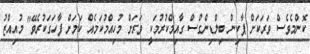
ކޮންމެވެސް ވަރަކަށް ޕާކިން ބިލްޑިންގްސް ގާއިމްކުރުމަކީ ވަރަށް މުހިއްމުކަމެއް ކަމަށް ފާހަގަކުރެވޭ" މުއިއްޒު